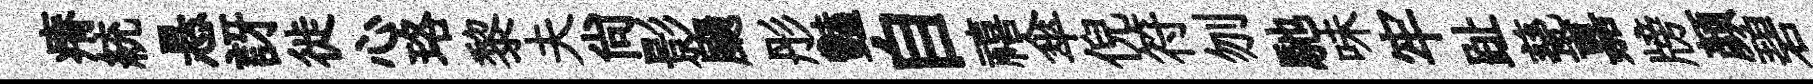
瘠統悬訝徙心珞黎夫尚影颺彤豔自禧傘倪符刎馳味牢趾甆嘉牓颜碧